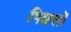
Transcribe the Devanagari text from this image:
पिछलों